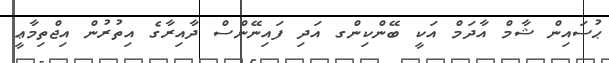
ޙުސައިން ޝާމް އާދަމް އަކީ ބޭންކިންގ އަދި ފައިނޭންސް ދާއިރާގެ އިތުރުން އިޖްތިމާޢީ